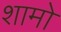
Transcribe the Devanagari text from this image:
शामो